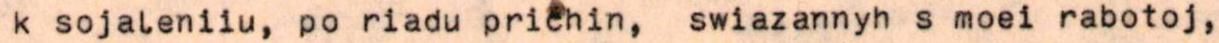
k sojaleniiu, po riadu prichin, swiazannyh s moei rabotoj,